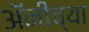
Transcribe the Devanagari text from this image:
अॅनीच्या